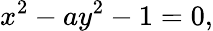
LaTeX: x^{2}-ay^{2}-1=0,